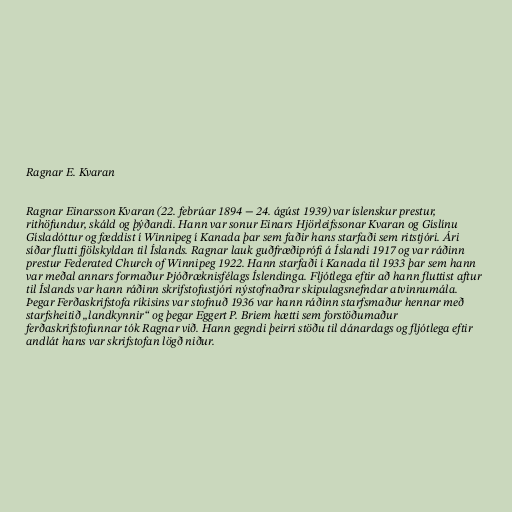
Ragnar E. Kvaran

Ragnar Einarsson Kvaran (22. febrúar 1894 − 24. ágúst 1939) var íslenskur prestur,
rithöfundur, skáld og þýðandi. Hann var sonur Einars Hjörleifssonar Kvaran og Gíslínu
Gísladóttur og fæddist í Winnipeg í Kanada þar sem faðir hans starfaði sem ritstjóri. Ári
síðar flutti fjölskyldan til Íslands. Ragnar lauk guðfræðiprófi á Íslandi 1917 og var ráðinn
prestur Federated Church of Winnipeg 1922. Hann starfaði í Kanada til 1933 þar sem hann
var meðal annars formaður Þjóðræknisfélags Íslendinga. Fljótlega eftir að hann fluttist aftur
til Íslands var hann ráðinn skrifstofustjóri nýstofnaðrar skipulagsnefndar atvinnumála.
Þegar Ferðaskrifstofa ríkisins var stofnuð 1936 var hann ráðinn starfsmaður hennar með
starfsheitið „landkynnir“ og þegar Eggert P. Briem hætti sem forstöðumaður
ferðaskrifstofunnar tók Ragnar við. Hann gegndi þeirri stöðu til dánardags og fljótlega eftir
andlát hans var skrifstofan lögð niður.